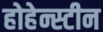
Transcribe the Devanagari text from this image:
होहेन्स्टीन